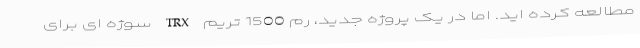
مطالعه کرده اید. اما در یک پروژه جدید، رم 1500 تریم TRX سوژه ای برای